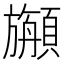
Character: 𩕇